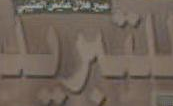
التبريد